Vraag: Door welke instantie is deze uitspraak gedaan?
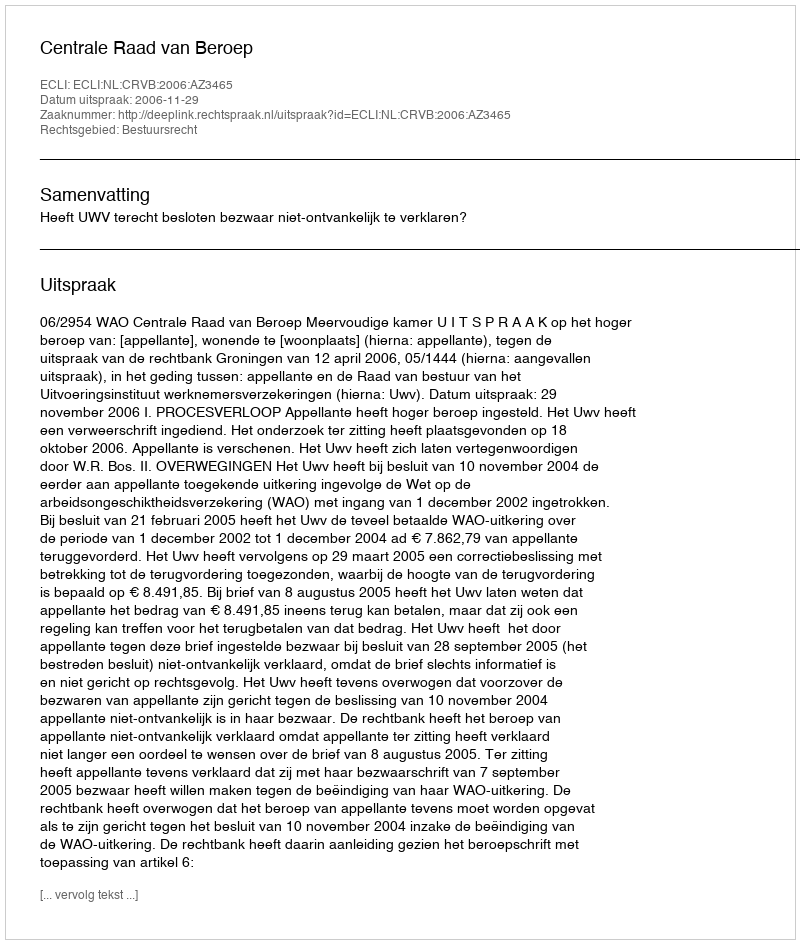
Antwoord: Centrale Raad van Beroep